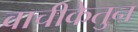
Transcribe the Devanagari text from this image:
वाचीकेतुन